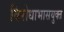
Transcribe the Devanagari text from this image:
विरोधाभासयुक्त